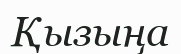
Қызыңа